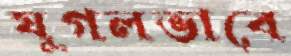
যুগলভাবে